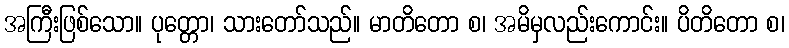
အကြီးဖြစ်သော။ ပုတ္တော၊ သားတော်သည်။ မာတိတော စ၊ အမိမှလည်းကောင်း။ ပိတိတော စ၊